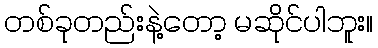
တစ်ခုတည်းနဲ့တော့ မဆိုင်ပါဘူး။